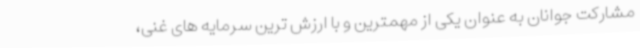
مشارکت جوانان به عنوان یکی از مهمترین و با ارزش ترین سرمایه های غنی،